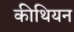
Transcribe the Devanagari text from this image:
कीथियन